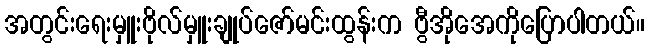
အတွင်းရေးမှူးဗိုလ်မှူးချုပ်ဇော်မင်းထွန်းက ဗွီအိုအေကိုပြောပါတယ်။